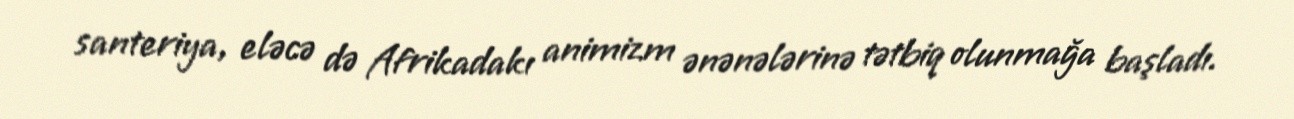
santeriya, eləcə də Afrikadakı animizm ənənələrinə tətbiq olunmağa başladı.